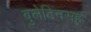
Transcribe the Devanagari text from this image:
बुलेटिनसह